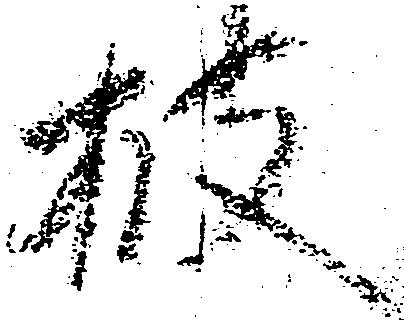
披